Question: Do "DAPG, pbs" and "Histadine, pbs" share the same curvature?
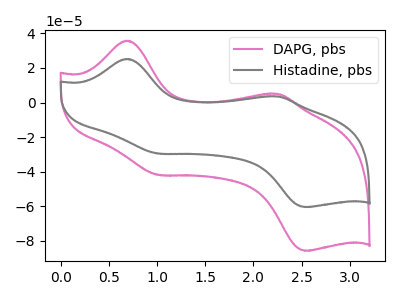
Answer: <think>The pink curve "DAPG, pbs" has anodic peaks at (0.70V, 35.80uA) (2.25V, 5.05uA) and cathodic peaks at (1.00V, -41.80uA) (2.55V, -85.65uA). The gray curve "Histadine, pbs" has anodic peaks at (0.70V, 25.25uA) (2.25V, 3.55uA) and cathodic peaks at (1.00V, -29.50uA) (2.55V, -60.40uA).
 All the peaks in "DAPG, pbs" have a peak in "Histadine, pbs" at the same potential. Every peak in "DAPG, pbs" is higher than every peak in "Histadine, pbs".</think>
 <answer>"DAPG, pbs" and "Histadine, pbs" are similar in shape.</answer>
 <eval>same_shape</eval>